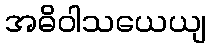
အဓိဝါသယေယျ